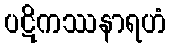
ပဋိကဿနာရဟံ